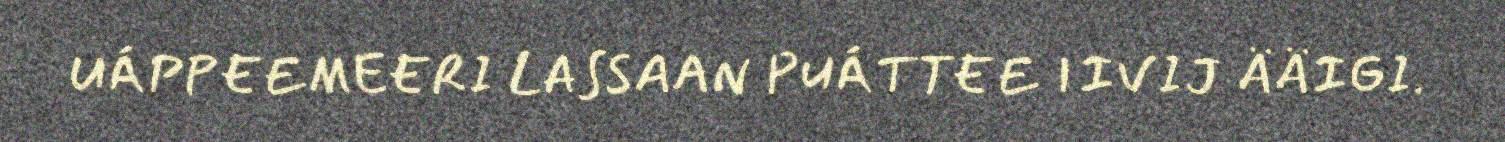
UÁPPEEMEERI LASSAAN PUÁTTEE IIVIJ ÄÄIGI.